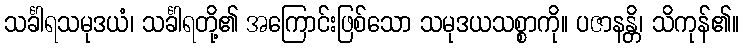
သင်္ခါရသမုဒယံ၊ သင်္ခါရတို့၏ အကြောင်းဖြစ်သော သမုဒယသစ္စာကို။ ပဇာနန္တိ၊ သိကုန်၏။